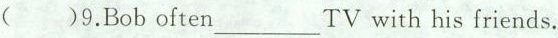
9.Bob often\underline{} TV with his friends.